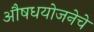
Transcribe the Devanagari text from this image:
औषधयोजनेचे